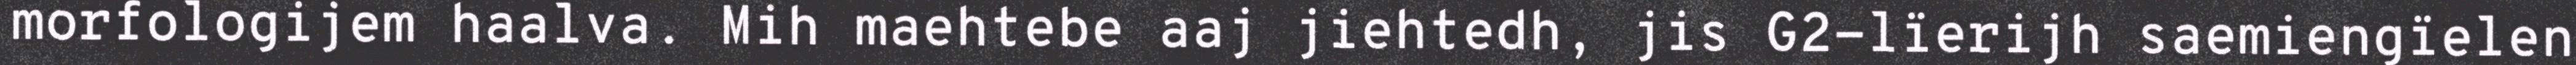
morfologijem haalva. Mih maehtebe aaj jiehtedh, jis G2-lïerijh saemiengïelen